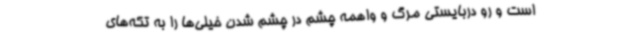
است و رو دربایستی مرگ و واهمه چشم در چشم شدن خیلی‌ها را به تکه‌های